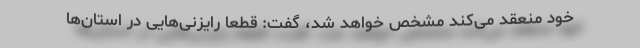
خود منعقد می‌کند مشخص خواهد شد، گفت: قطعاً رایزنی‌هایی در استان‌ها